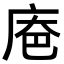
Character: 𪪔